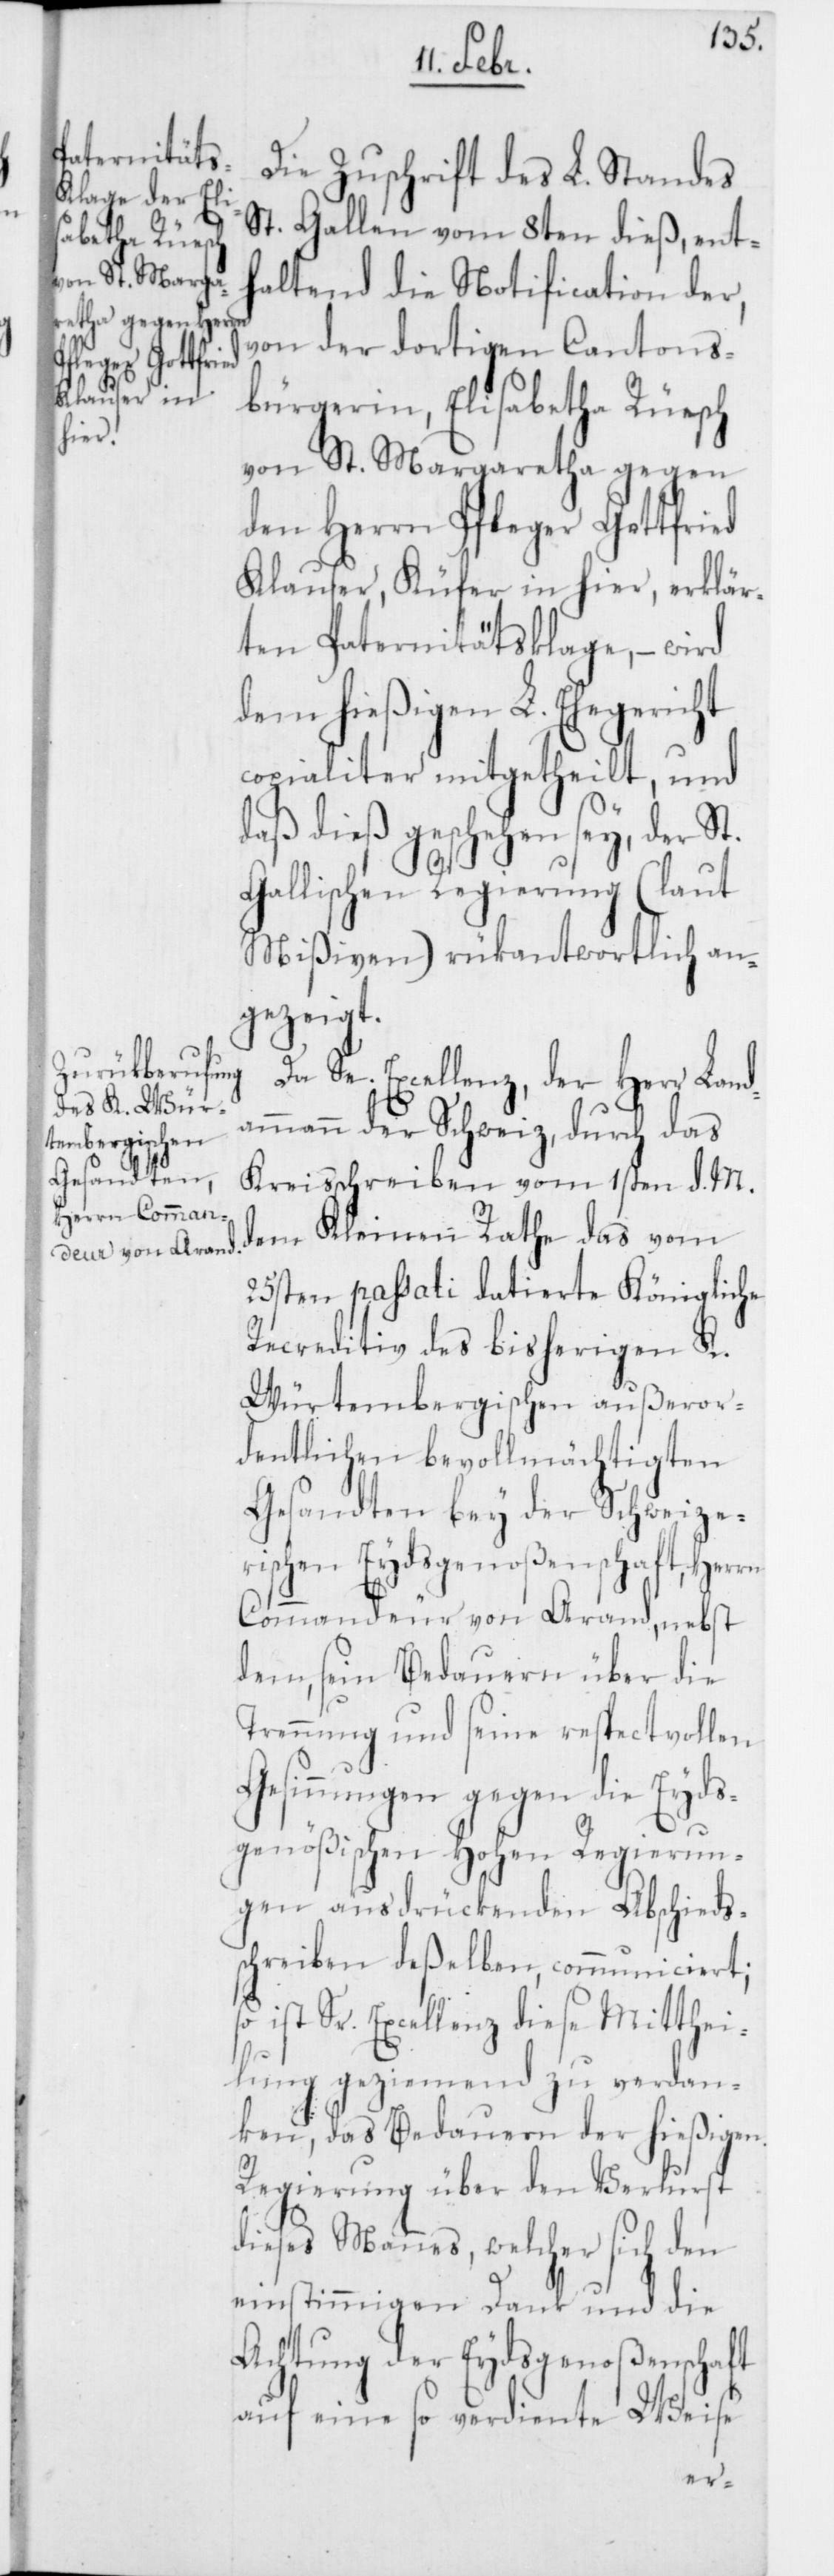
Die Zuschrift des L. Standes
St. Gallen vom 8ten dieß, ent¬
haltend die Notification der,
von der dortigen Cantons¬
bürgerin, Elisabetha Rüesch
von St. Margaretha gegen
den Herrn Pfleger Gottfried
Klauser, Küfer in hier, erklär¬
ten Paternitätsklage, – wird
dem hießigen L. Ehegericht
copialiter mitgetheilt, und
daß dieß geschehen sey, der St.
Gallischen Regierung (laut
Mißiven) rükantwortlich an¬
gezeigt.
Da Se. Excellenz, der Herr Land¬
ammann der Schweiz, durch das
Kreisschreiben vom 1sten d. M.
dem Kleinen Rathe das vom
25sten passati datierte Königliche
Recreditiv des bisherigen K.
Würtembergischen außeror¬
dentlichen bevollmächtigten
Gesandten bey der Schweize¬
rischen Eydsgenoßenschaft, Herrn
Commandeur von Arand, nebst
dem, sein Bedauern über die
Trennung und seine respectvollen
Gesinnungen gegen die Eyds¬
genößischen Hohen Regierun¬
gen ausdrückenden Abschieds¬
schreiben deßelben, communiciert,
ist Sr. Excellenz diese Mitthei¬
lung geziemend zu verdan¬
ken, das Bedauern der hießigen
Regierung über den Verlust
dieses Mannes, welcher sich den
einstimmigen Dank und die
Achtung der Eydsgenoßenschaft
auf eine so verdiente Weise